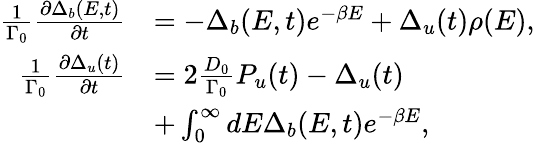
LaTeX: \begin{array}{rl}{\frac{1}{\Gamma_{0}}\frac{\partial\Delta_{b}(E,t)}{\partial t}}&{=-\Delta_{b}(E,t)e^{-\beta E}+\Delta_{u}(t)\rho(E),}\\ {\frac{1}{\Gamma_{0}}\frac{\partial\Delta_{u}(t)}{\partial t}}&{=2\frac{D_{0}}{\Gamma_{0}}P_{u}(t)-\Delta_{u}(t)}\\ &{+\int_{0}^{\infty}dE\Delta_{b}(E,t)e^{-\beta E},}\end{array}